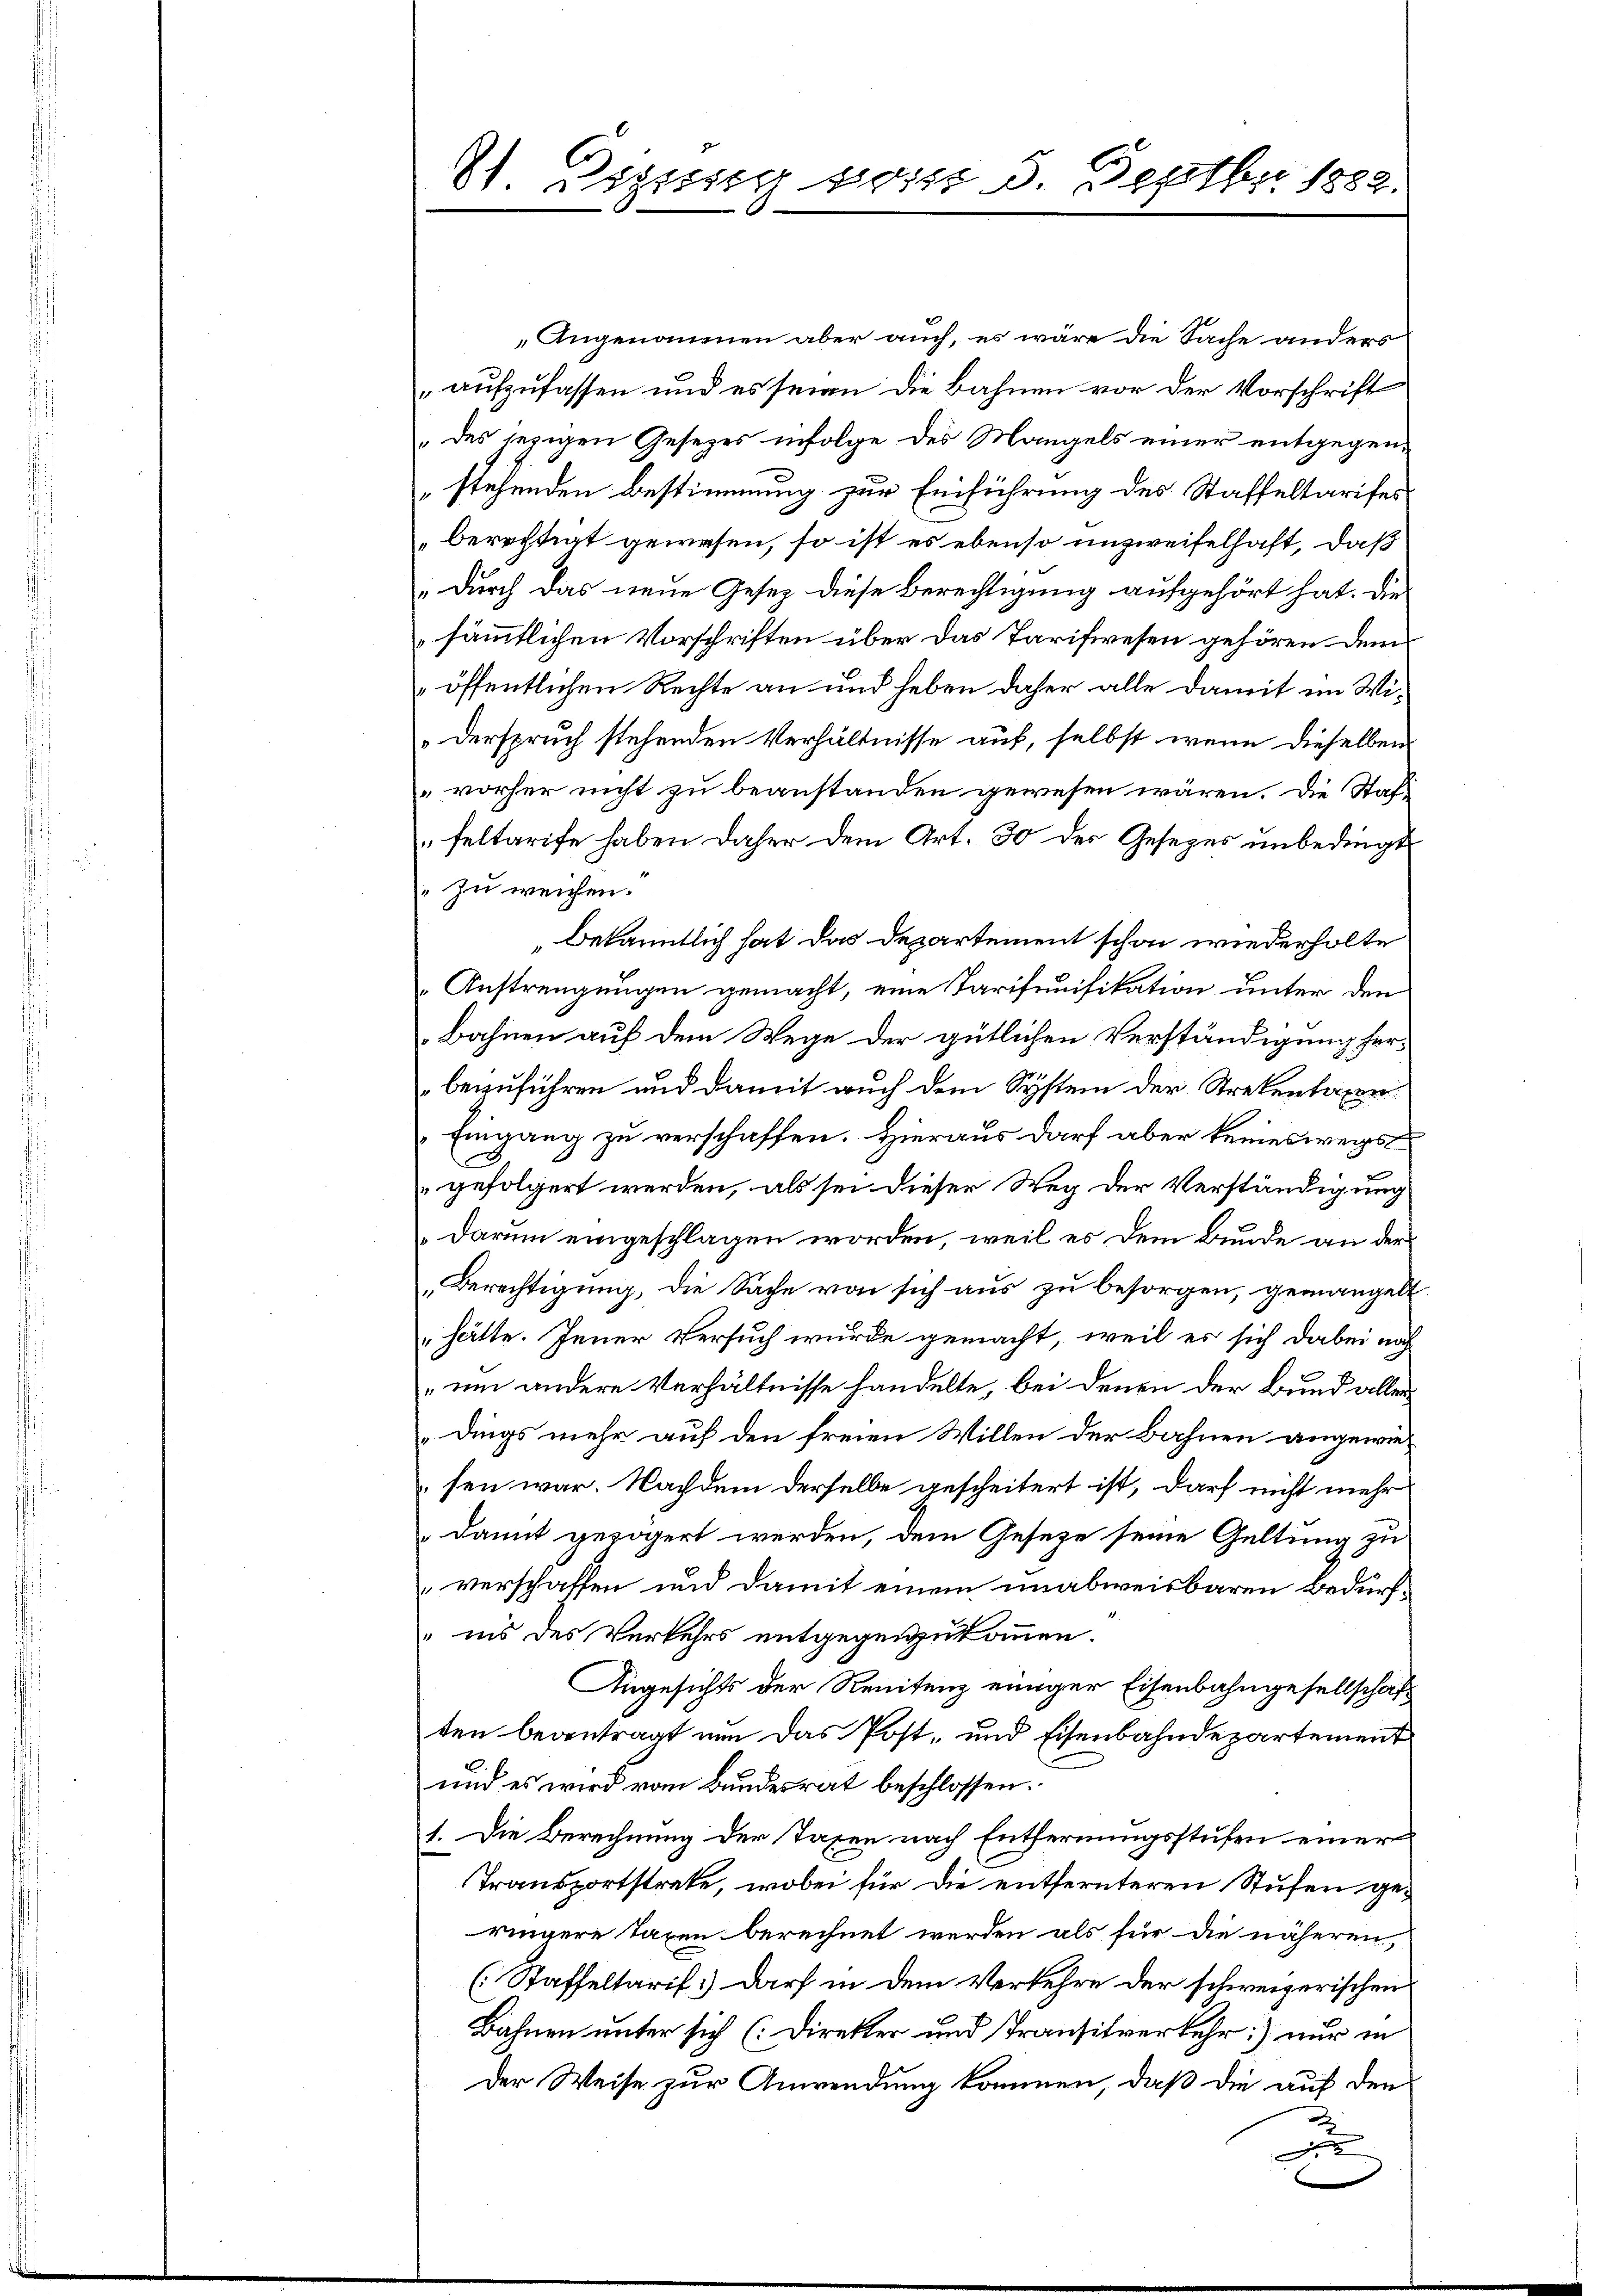
8) Dessig vom 5. Septbr 1882.

Angenommen aber auch, es wäre die Sache anders
aufzufassen und es seien die Bahnen vor der Vorschrift
des jezigen Gesezes infolge des Mangels einer entgegenstehenden Bestimmung zur Einführung des Staffeltarifes
berechtigt gewesen, so ist es ebenso unzweifelhaft, daß
durch das neue Gesetz diese Berechtigung aufgehört hat. Die
sämmtlichen Vorschriften über das Tarifwesen gehören dem
öffentlichen Rechte an und heben daher alle damit im Wi¬
Derspruch stehenden Verhältnisse auf, selbst wenn dieselben
vorher nicht zu beanstanden gewesen wären. Die Staf-
feltarife haben daher dem Art. 30 des Gesezes unbedingt
zu weichen.
„Bekanntlich hat das Departement schon wiederholte
Anstrengungen gemacht, eine Tarifenifikation unter den
Bahnen auf dem Wege der gütlichen Verständigung ferbezuführen und damit auch dem System der Strekenlager.
Eingang zu verschaffen. Hieraus darf aber keineswegs
gefolgert werden, als sei dieser Weg der Verständigung
Darum eingeschlagen worden, weil es dem Bunde an der
„Berechtigung, die Sache von sich aus zu besorgen, gemangelt.
hätte. Jener Versuch wurde gemacht, weil es sich dabei noch
um andere Verhältnisse handelte, bei denen der Bund aller
„dings mehr auf den freien Willen der Bahnen angewiesen war. Nachdem derselbe gescheitert ist, darf nicht mehr
damit gezögert werden, dem Gesetze seine Geltung zu
verschaffen und damit einem unabweisbaren Bedürf¬
" ins des Verkehrs entgegenzukommen.
Angesichts der Renitenz einiger Eisenbahngesellschaft
ten beantragt nun das Post- und Eisenbahndepartement
und es wird vom Bundesrat beschlossen.
1. Die Berechnung der Taxen nach Entfernungsstufen einer
Transportstreke, wobei für die entfernteren Stufen geringere Taxen berechnet werden als für die näheren,
(Staffeltarif.) darf in dem Verkehre der schweizerischen
Bahnen unter sich [Direkter und Transitverkehr) nur in
Der Weise zur Anwendung kommen, daß die auf den
d